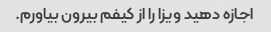
اجازه دهید ویزا را از کیفم بیرون بیاورم.